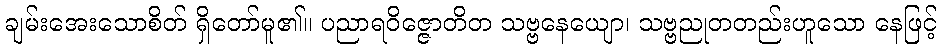
ချမ်းအေးသောစိတ် ရှိတော်မူ၏။ ပညာရဝိဇ္ဇောတိတ သဗ္ဗနေယျော၊ သဗ္ဗညုတတည်းဟူသော နေဖြင့်